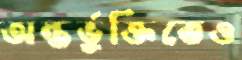
অন্তর্ভুক্তিতেও